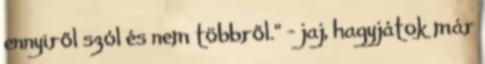
ennyiről szól és nem többről." - jaj, hagyjátok már